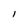
Character: I